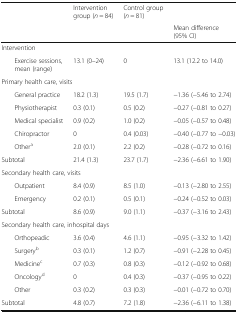
<table><thead><tr><td rowspan="2" colspan="2"></td><td><b>Intervention group (<i>n</i> = 84)</b></td><td><b>Control group (<i>n</i> = 81)</b></td><td></td></tr><tr><td colspan="2"></td><td><b>Mean difference (95% CI)</b></td></tr></thead><tbody><tr><td colspan="5">Intervention</td></tr><tr><td></td><td>Exercise sessions, mean (range)</td><td>13.1 (0–24)</td><td>0</td><td>13.1 (12.2 to 14.0)</td></tr><tr><td colspan="5">Primary health care, visits</td></tr><tr><td rowspan="5"></td><td>General practice</td><td>18.2 (1.3)</td><td>19.5 (1.7)</td><td>−1.36 (−5.46 to 2.74)</td></tr><tr><td>Physiotherapist</td><td>0.3 (0.1)</td><td>0.5 (0.2)</td><td>−0.27 (−0.81 to 0.27)</td></tr><tr><td>Medical specialist</td><td>0.9 (0.2)</td><td>1.0 (0.2)</td><td>−0.05 (−0.57 to 0.48)</td></tr><tr><td>Chiropractor</td><td>0</td><td>0.4 (0.03)</td><td>−0.40 (−0.77 to −0.03)</td></tr><tr><td>Other<sup>a</sup></td><td>2.0 (0.1)</td><td>2.2 (0.2)</td><td>−0.28 (−0.72 to 0.16)</td></tr><tr><td colspan="2">Subtotal</td><td>21.4 (1.3)</td><td>23.7 (1.7)</td><td>−2.36 (−6.61 to 1.90)</td></tr><tr><td colspan="5">Secondary health care, visits</td></tr><tr><td rowspan="2"></td><td>Outpatient</td><td>8.4 (0.9)</td><td>8.5 (1.0)</td><td>−0.13 (−2.80 to 2.55)</td></tr><tr><td>Emergency</td><td>0.2 (0.1)</td><td>0.5 (0.1)</td><td>−0.24 (−0.52 to 0.03)</td></tr><tr><td colspan="2">Subtotal</td><td>8.6 (0.9)</td><td>9.0 (1.1)</td><td>−0.37 (−3.16 to 2.43)</td></tr><tr><td colspan="5">Secondary health care, inhospital days</td></tr><tr><td rowspan="5"></td><td>Orthopeadic</td><td>3.6 (0.4)</td><td>4.6 (1.1)</td><td>−0.95 (−3.32 to 1.42)</td></tr><tr><td>Surgery<sup>b</sup></td><td>0.3 (0.1)</td><td>1.2 (0.7)</td><td>−0.91 (−2.28 to 0.45)</td></tr><tr><td>Medicine<sup>c</sup></td><td>0.7 (0.3)</td><td>0.8 (0.3)</td><td>−0.12 (−0.92 to 0.68)</td></tr><tr><td>Oncology<sup>d</sup></td><td>0</td><td>0.4 (0.3)</td><td>−0.37 (−0.95 to 0.22)</td></tr><tr><td>Other</td><td>0.3 (0.2)</td><td>0.3 (0.3)</td><td>−0.01 (−0.72 to 0.70)</td></tr><tr><td colspan="2">Subtotal</td><td>4.8 (0.7)</td><td>7.2 (1.8)</td><td>−2.36 (−6.11 to 1.38)</td></tr></tbody></table>